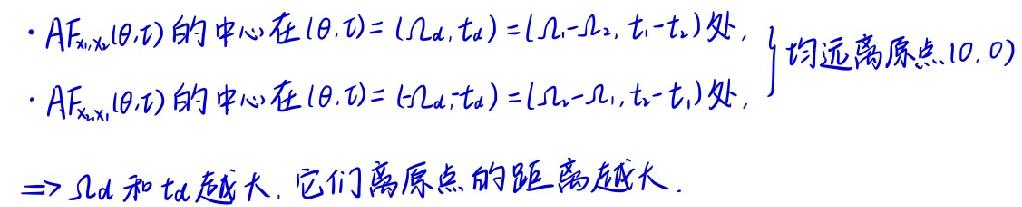
- $AF_{x_{d},x_{s}}(\theta,\tau)$ 的中心在 $(\theta,\tau)=(\Omega_{d},t_{d})=(\Omega_{1}-\Omega_{2},t_{1}-t_{2})$ 处,
- $AF_{x_{s},x_{1}}(\theta,\tau)$ 的中心在 $(\theta,\tau)=(\Omega_{d},t_{d})=(\Omega_{2}-\Omega_{1},t_{2}-t_{1})$ 处,均远离原点 $(0,0)$
$\Rightarrow \Omega_{d}$ 和 $t_{d}$ 越大, 它们离原点的距离越大.